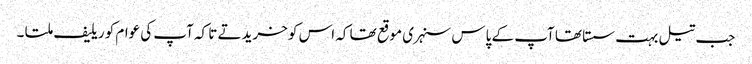
جب تیل بہت سستا تھا آپ کے پاس سنہری موقع تھا کہ اس کو خریدتے تا کہ آپ کی عوام کو ریلیف ملتا ۔